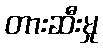
တားဆီးမှု